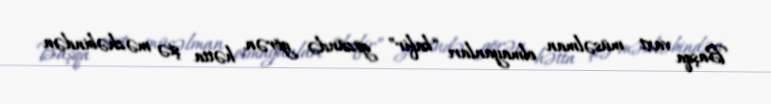
Başqa vaxt müsəlman olmayanları “kafir” gözündə görən, hətta şiə məzhəbindən